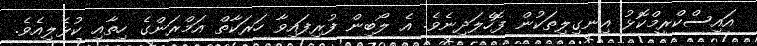
އައިސްކްރީމްކޮޅު އިނގިލިތަކުން ފޮހެލަދިނެވެ. އެ ލޯބިން ފުރިފައިވާ ހަރަކާތް އަމްރަންގެ ހިތާއި ކުޅެލިއެވެ.